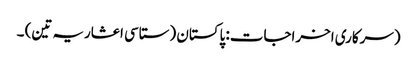
(سرکاری اخراجات: پاکستان (ستاسی اعشاریہ تین) ۔